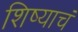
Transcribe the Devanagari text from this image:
शिष्याचं